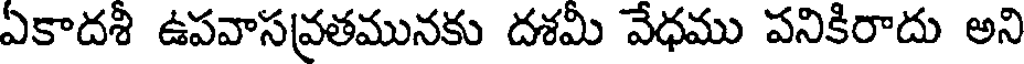
ఏకాదశి ఉపవాసవ్రతమునకు దశమీ వేధము పనికిరాదు అని